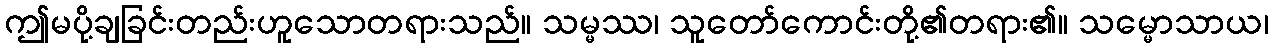
ဤမပို့ချခြင်းတည်းဟူသောတရားသည်။ သမ္မဿ၊ သူတော်ကောင်းတို့၏တရား၏။ သမ္မောသာယ၊